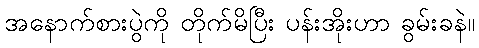
အနောက်စားပွဲကို တိုက်မိပြီး ပန်းအိုးဟာ ခွမ်းခနဲ။